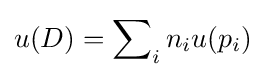
u(D)=\sum \nolimits _{i}n_{i}u(p_{i})